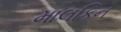
માલકિન